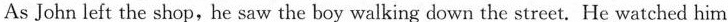
As John left the shop,he saw the boy walking down the street. He watched him